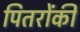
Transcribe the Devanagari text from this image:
पितरोंकी